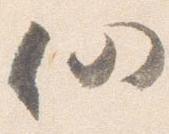
仍